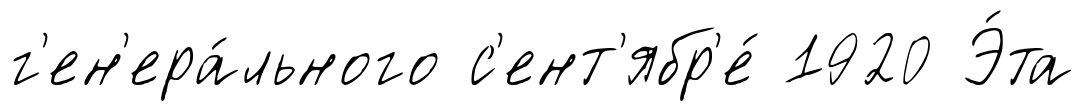
г'ен'ера́льного с'ент'ябр'е́ 1920 Э́та